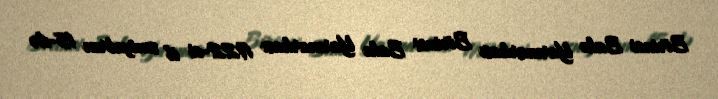
Birinci Bakı Yarmarkası Birinci Bakı Yarmarkası 1922-ci il sentyabrın 15-də